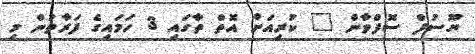
ޔޫސުފް ސޮފްވާން " ކުރިއަށް އޮތް ތާގައި 3 ހަމައިގެ ފަރާތުން މި